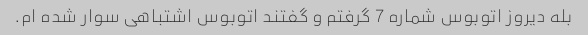
بله دیروز اتوبوس شماره 7 گرفتم و گفتند اتوبوس اشتباهی سوار شده ام.